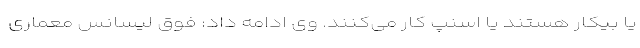
یا بیکار هستند یا اسنپ کار می‌کنند. وی ادامه داد: فوق لیسانس معماری